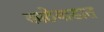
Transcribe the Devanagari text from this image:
काठेवाडात